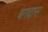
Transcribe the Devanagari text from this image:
बगवास